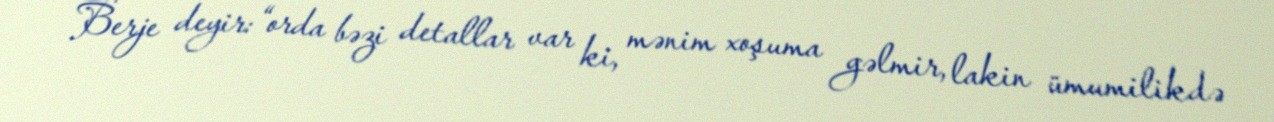
Berje deyir: “orda bəzi detallar var ki, mənim xoşuma gəlmir, lakin ümumilikdə